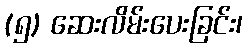
(၅) ဆေးလိမ်းပေးခြင်း၊